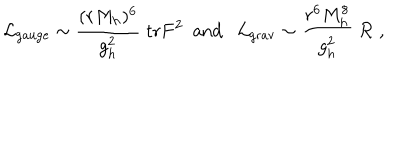
{ \cal L } _ { \mathrm { g a u g e } } \sim { \frac { ( r M _ { h } ) ^ { 6 } } { g _ { h } ^ { 2 } } } \; \mathrm { t r } F ^ { 2 } \ \ \mathrm { a n d } \ \ \ { \cal L } _ { \mathrm { g r a v } } \sim { \frac { r ^ { 6 } M _ { h } ^ { 8 } } { g _ { h } ^ { 2 } } } \; { \cal R } \ ,